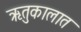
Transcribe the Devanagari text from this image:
ऋतुकालात